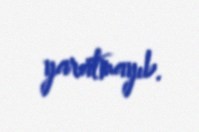
yaratmayıb.